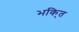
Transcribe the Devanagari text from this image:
भकि्‌त